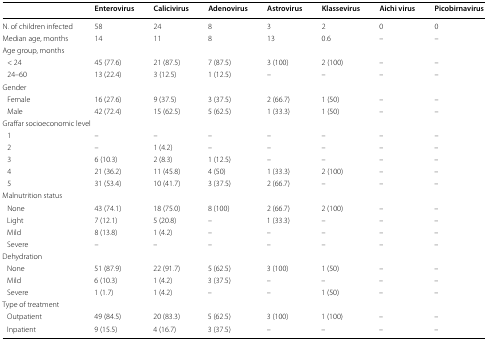
<table><thead><tr><td></td><td><b>Enterovirus</b></td><td><b>Calicivirus</b></td><td><b>Adenovirus</b></td><td><b>Astrovirus</b></td><td><b>Klassevirus</b></td><td><b>Aichi virus</b></td><td><b>Picobirnavirus</b></td></tr></thead><tbody><tr><td>N. of children infected</td><td>58</td><td>24</td><td>8</td><td>3</td><td>2</td><td>0</td><td>0</td></tr><tr><td>Median age, months</td><td>14</td><td>11</td><td>8</td><td>13</td><td>0.6</td><td>–</td><td>–</td></tr><tr><td colspan="8">Age group, months</td></tr><tr><td> &lt; 24</td><td>45 (77.6)</td><td>21 (87.5)</td><td>7 (87.5)</td><td>3 (100)</td><td>2 (100)</td><td>–</td><td>–</td></tr><tr><td> 24–60</td><td>13 (22.4)</td><td>3 (12.5)</td><td>1 (12.5)</td><td>–</td><td>–</td><td>–</td><td>–</td></tr><tr><td colspan="8">Gender</td></tr><tr><td> Female</td><td>16 (27.6)</td><td>9 (37.5)</td><td>3 (37.5)</td><td>2 (66.7)</td><td>1 (50)</td><td>–</td><td>–</td></tr><tr><td> Male</td><td>42 (72.4)</td><td>15 (62.5)</td><td>5 (62.5)</td><td>1 (33.3)</td><td>1 (50)</td><td>–</td><td>–</td></tr><tr><td colspan="8">Graffar socioeconomic level</td></tr><tr><td> 1</td><td>–</td><td>–</td><td>–</td><td>–</td><td>–</td><td>–</td><td>–</td></tr><tr><td> 2</td><td>–</td><td>1 (4.2)</td><td>–</td><td>–</td><td>–</td><td>–</td><td>–</td></tr><tr><td> 3</td><td>6 (10.3)</td><td>2 (8.3)</td><td>1 (12.5)</td><td>–</td><td>–</td><td>–</td><td>–</td></tr><tr><td> 4</td><td>21 (36.2)</td><td>11 (45.8)</td><td>4 (50)</td><td>1 (33.3)</td><td>2 (100)</td><td>–</td><td>–</td></tr><tr><td> 5</td><td>31 (53.4)</td><td>10 (41.7)</td><td>3 (37.5)</td><td>2 (66.7)</td><td>–</td><td>–</td><td>–</td></tr><tr><td colspan="8">Malnutrition status</td></tr><tr><td> None</td><td>43 (74.1)</td><td>18 (75.0)</td><td>8 (100)</td><td>2 (66.7)</td><td>2 (100)</td><td>–</td><td>–</td></tr><tr><td> Light</td><td>7 (12.1)</td><td>5 (20.8)</td><td>–</td><td>1 (33.3)</td><td>–</td><td>–</td><td>–</td></tr><tr><td> Mild</td><td>8 (13.8)</td><td>1 (4.2)</td><td>–</td><td>–</td><td>–</td><td>–</td><td>–</td></tr><tr><td> Severe</td><td>–</td><td>–</td><td>–</td><td>–</td><td>–</td><td>–</td><td>–</td></tr><tr><td colspan="8">Dehydration</td></tr><tr><td> None</td><td>51 (87.9)</td><td>22 (91.7)</td><td>5 (62.5)</td><td>3 (100)</td><td>1 (50)</td><td>–</td><td>–</td></tr><tr><td> Mild</td><td>6 (10.3)</td><td>1 (4.2)</td><td>3 (37.5)</td><td>–</td><td>–</td><td>–</td><td>–</td></tr><tr><td> Severe</td><td>1 (1.7)</td><td>1 (4.2)</td><td>–</td><td>–</td><td>1 (50)</td><td>–</td><td>–</td></tr><tr><td colspan="8">Type of treatment</td></tr><tr><td> Outpatient</td><td>49 (84.5)</td><td>20 (83.3)</td><td>5 (62.5)</td><td>3 (100)</td><td>1 (100)</td><td>–</td><td>–</td></tr><tr><td> Inpatient</td><td>9 (15.5)</td><td>4 (16.7)</td><td>3 (37.5)</td><td>–</td><td>–</td><td>–</td><td>–</td></tr></tbody></table>